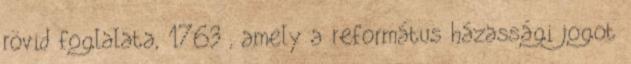
rövid foglalata, 1763 , amely a református házassági jogot